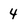
Character: 4